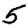
Digit: 5